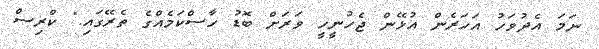
ނަމަ އެދުވަހު އަހަރެން އުޅޭން ޖެހުނީހީ ވަރަށް ބޮޑު ހާސްކަމެއްގެ ތެރޭގައި." ކްރިސް